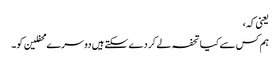
یعنی کہ،
ہم کس سے کیا تحفہ لے کر دے سکتے ہیں دوسرے محفلین کو۔